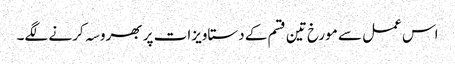
اس عمل سے مورخ تین قسم کے دستاویزات پر بھروسہ کرنے لگے۔